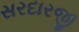
સરદારજી